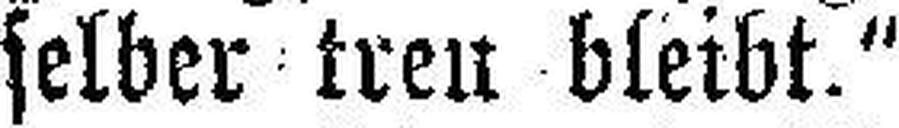
selber treu bleibt."